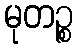
မုတဉ္စ